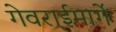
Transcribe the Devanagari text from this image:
गेवराईमार्गे